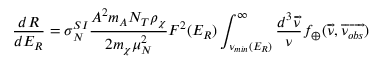
\frac { d R } { d E _ { R } } = \sigma _ { N } ^ { S I } \frac { A ^ { 2 } m _ { A } N _ { T } \rho _ { \chi } } { 2 m _ { \chi } \mu _ { N } ^ { 2 } } F ^ { 2 } ( E _ { R } ) \int _ { { \nu } _ { m i n } ( E _ { R } ) } ^ { \infty } \frac { d ^ { 3 } \overrightarrow { \nu } } { \nu } f _ { \oplus } ( \overrightarrow { \nu } , \overrightarrow { \nu _ { o b s } } )